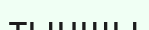
тыншы